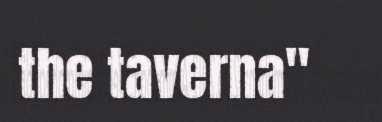
the taverna"